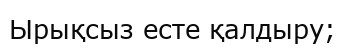
Ырықсыз есте қалдыру;